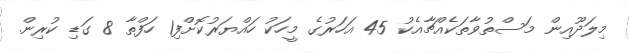
މިލަދޫއިން މަސްތުވާތަކެއްޗާއެކު 45 އަހަރުގެ މީހަކު ހައްޔަރުކޮށްފި1 ހަފްތާ 8 ގަޑި ކުރިން.